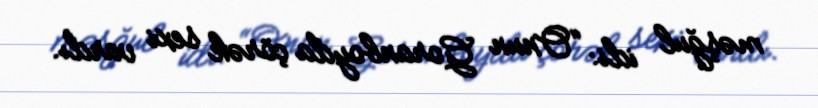
məşğul idi: “Onun Goranboyda çörək sexi vardı.